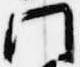
彼